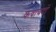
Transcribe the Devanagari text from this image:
कवायदों